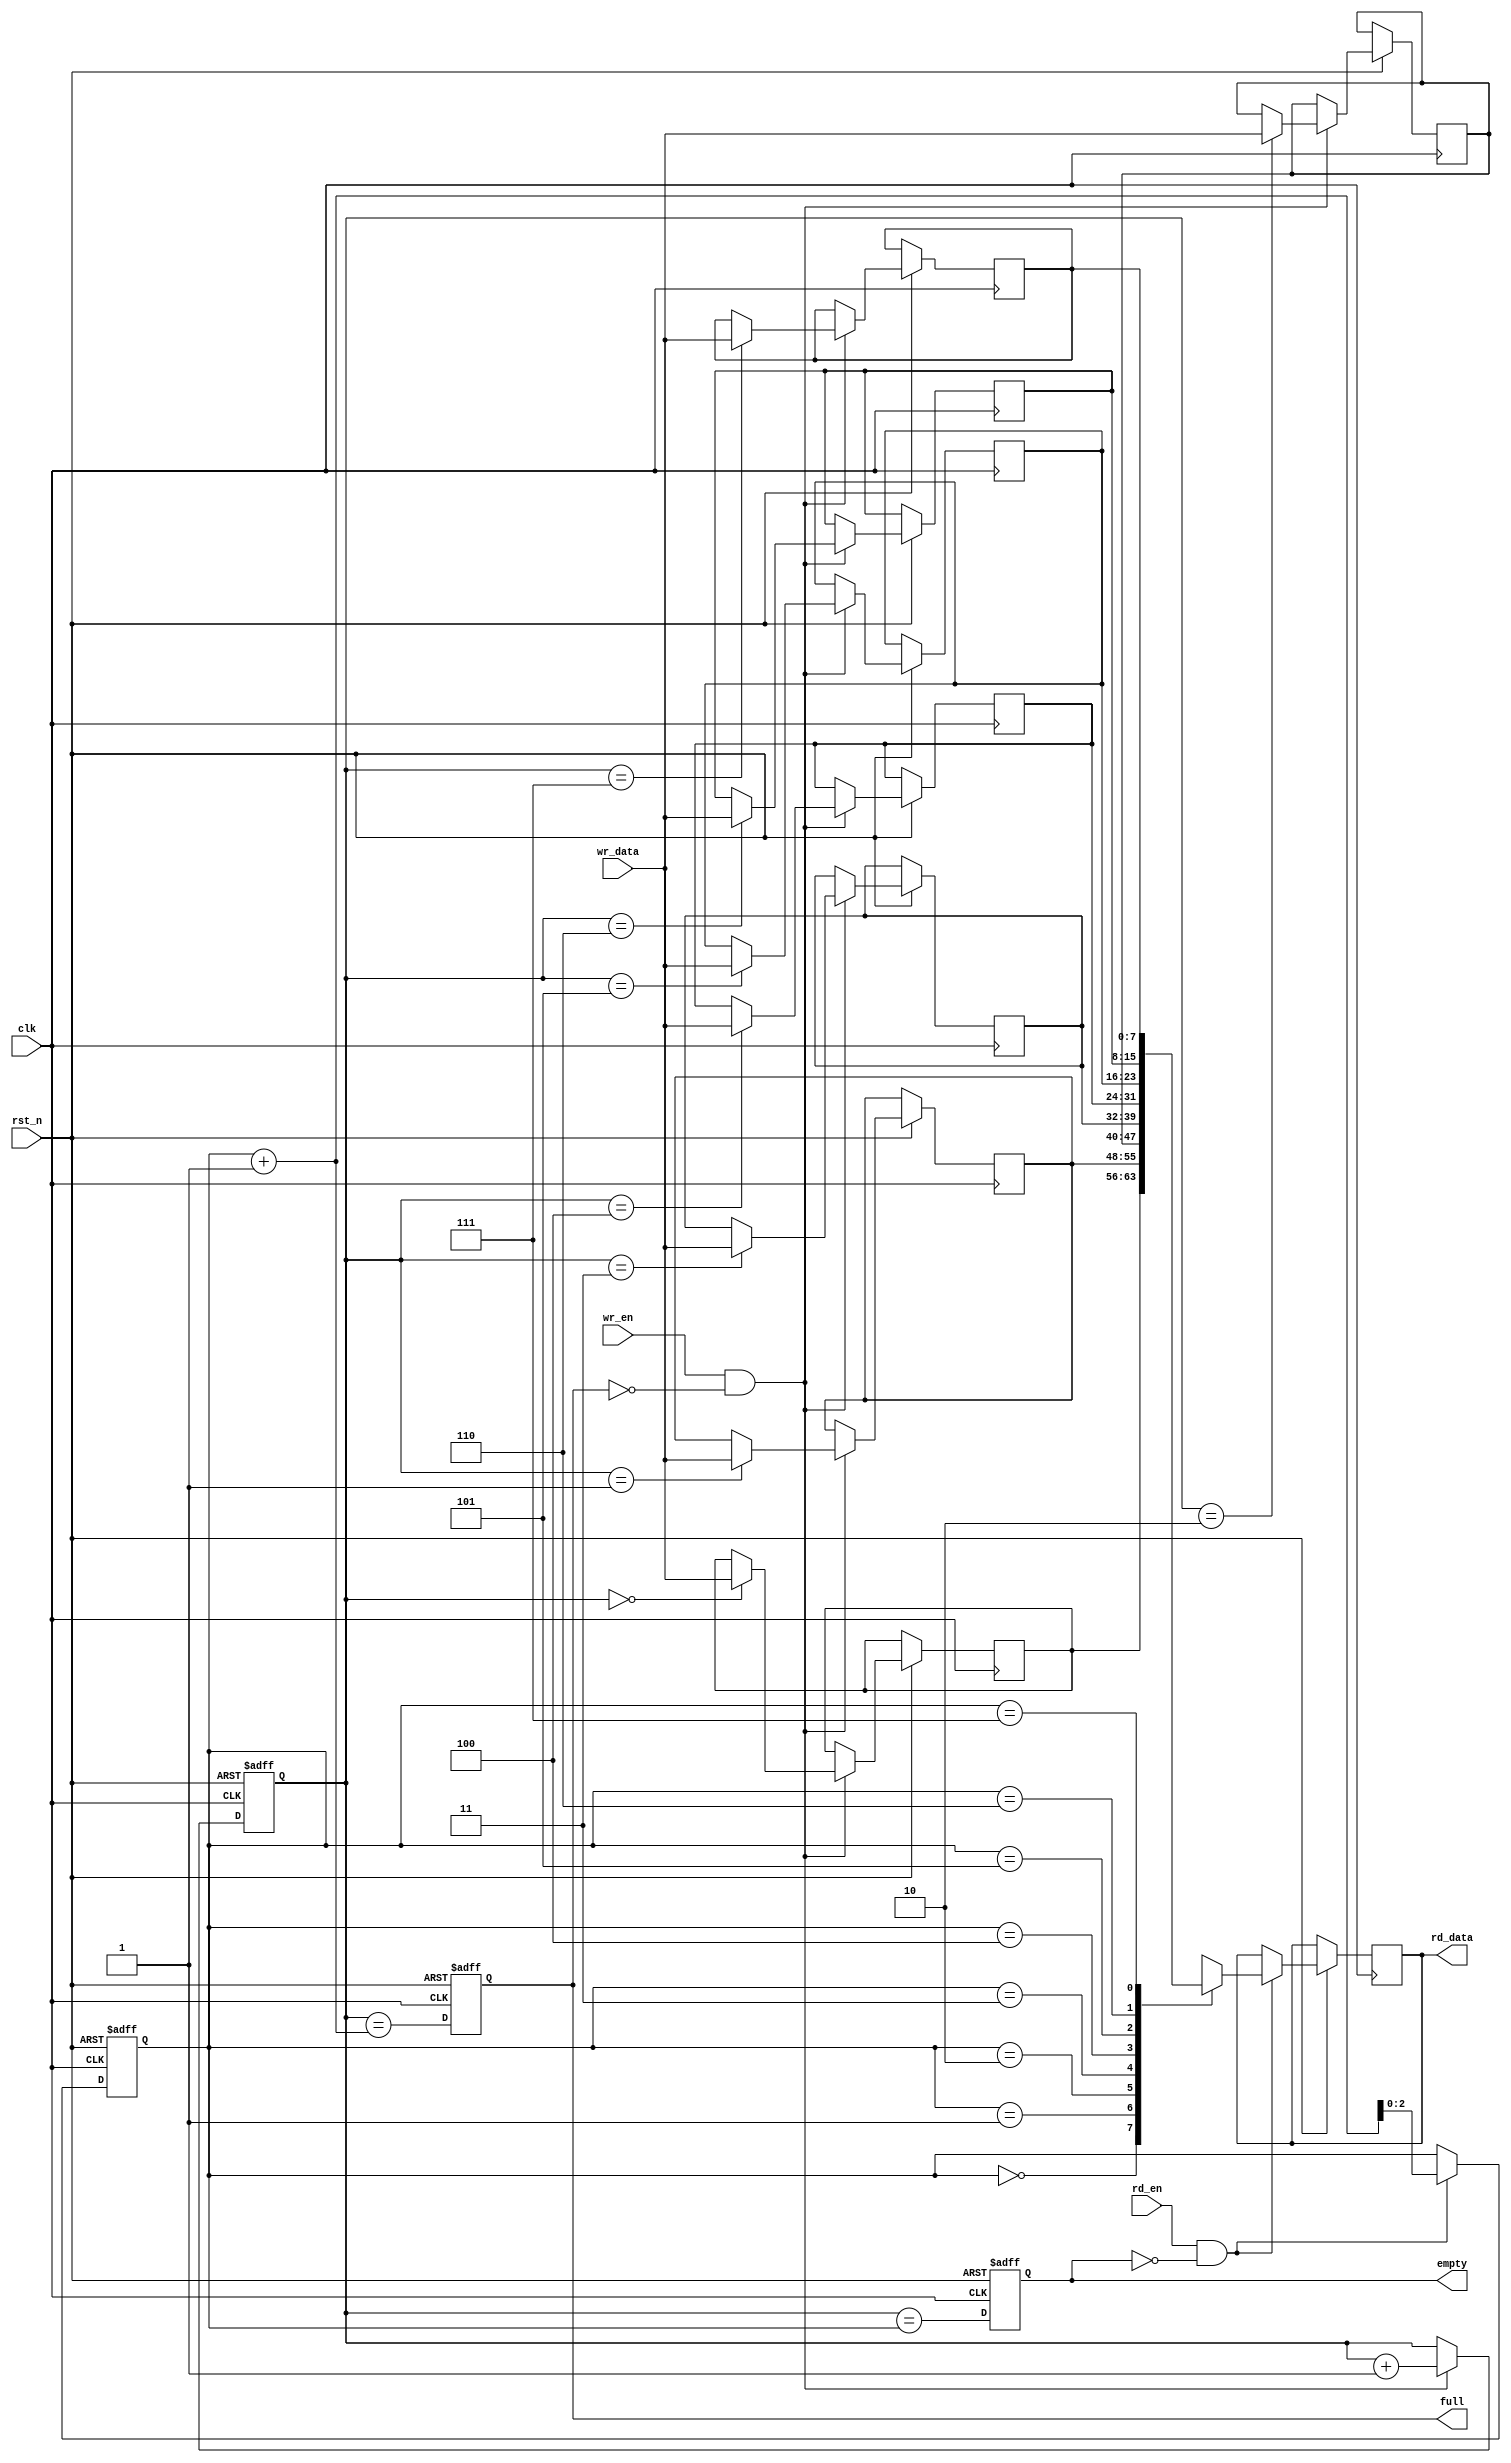
module fifo (
   input wire clk,
   input wire rst_n,
   input wire wr_en,
   input wire [7:0] wr_data,
   input wire rd_en,
   output wire [7:0] rd_data,
   output wire full,
   output wire empty
);

reg [7:0] buffer [0:7];
reg [2:0] write_ptr;
reg [2:0] read_ptr;

always @ (posedge clk or negedge rst_n) begin
   if (~rst_n) begin
      write_ptr <= 3'b000;
      read_ptr <= 3'b000;
      empty <= 1'b1;
      full <= 1'b0;
   end else begin
      if (wr_en && ~full) begin
         buffer[write_ptr] <= wr_data;
         write_ptr <= write_ptr + 1;
      end
      
      if (rd_en && ~empty) begin
         rd_data <= buffer[read_ptr];
         read_ptr <= read_ptr + 1;
      end
      
      empty <= (write_ptr == read_ptr);
      full <= (write_ptr == read_ptr + 1);
   end
end

endmodule